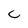
Character: c